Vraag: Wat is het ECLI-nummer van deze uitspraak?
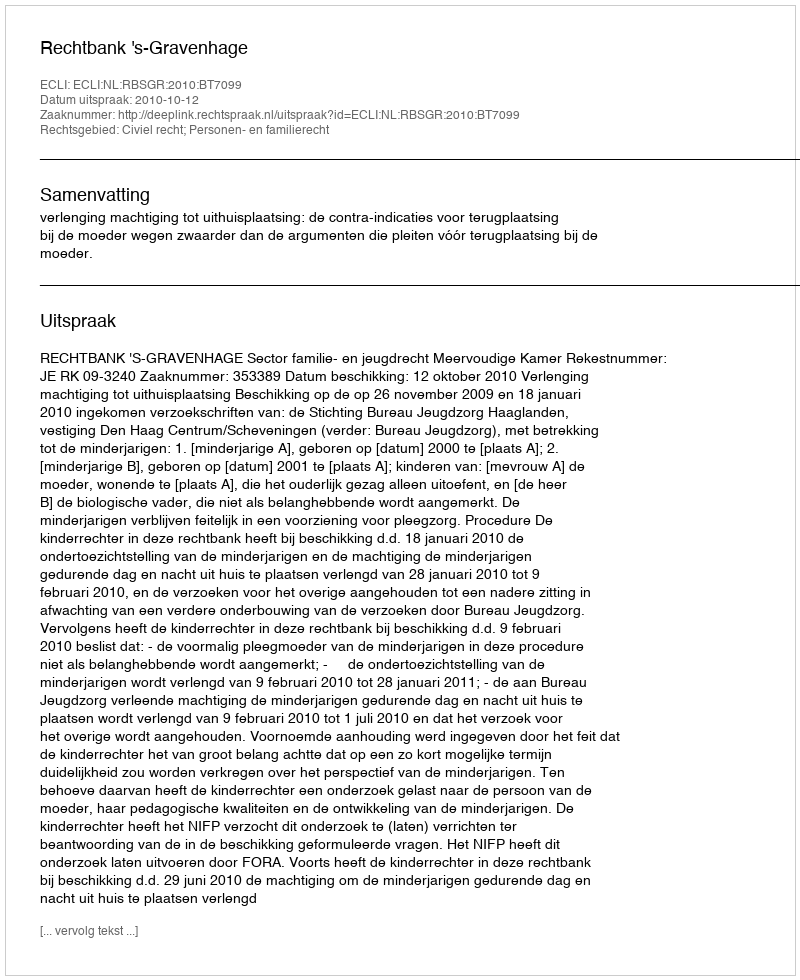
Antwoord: ECLI:NL:RBSGR:2010:BT7099